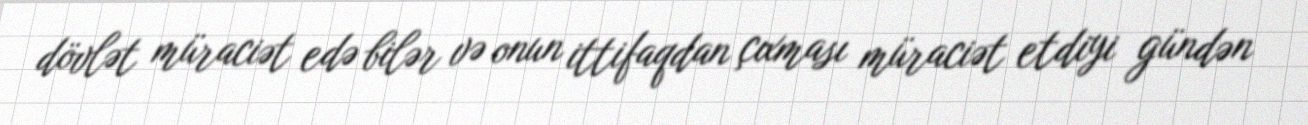
dövlət müraciət edə bilər və onun ittifaqdan çıxması müraciət etdiyi gündən